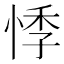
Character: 悸